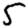
Digit: 5